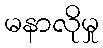
မနာလိုမှု